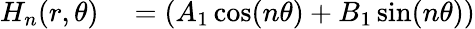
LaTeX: \begin{array}{rl}{H_{n}(r,\theta)}&{{}=(A_{1}\cos(n\theta)+B_{1}\sin(n\theta))}\end{array}